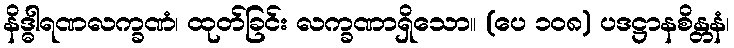
နိဒ္ဓါရဏလက္ခဏံ၊ ထုတ်ခြင်း လက္ခဏာရှိသော။ (ပေ ၁၀၈) ပဒဋ္ဌာနစိန္တနံ၊